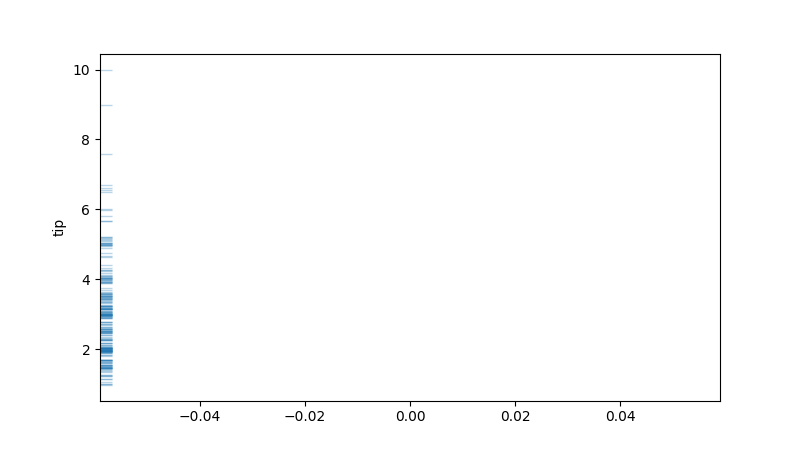
python, seaborn, rugplot, height=0.02, axis='y', alpha=0.3